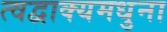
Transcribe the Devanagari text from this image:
त्वद्वाक्यमधुना